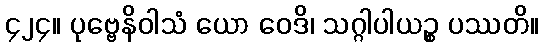
၄၂၄။ ပုဗ္ဗေနိဝါသံ ယော ဝေဒိ၊ သဂ္ဂါပါယဉ္စ ပဿတိ။